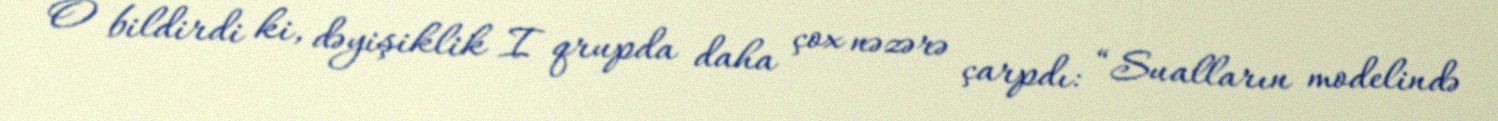
O bildirdi ki, dəyişiklik I qrupda daha çox nəzərə çarpdı: “Sualların modelində